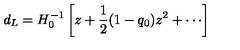
d _ { L } = H _ { 0 } ^ { - 1 } \left[ z + \frac { 1 } { 2 } ( 1 - q _ { 0 } ) z ^ { 2 } + \cdots \right]